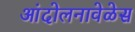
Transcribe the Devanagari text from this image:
आंदोलनावेळेस